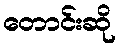
တောင်းဆို